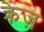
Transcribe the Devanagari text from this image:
क्रेज़